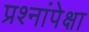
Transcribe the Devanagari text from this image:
प्रश्नांपेक्षा